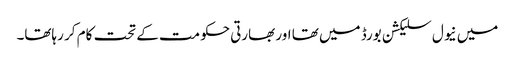
میں نیول سلیکشن بورڈ میں تھا اور بھارتی حکومت کے تحت کام کر رہاتھا۔